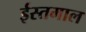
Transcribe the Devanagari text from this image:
ईस्तमाल